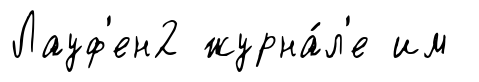
Лауф'ен2 журна́л'е им